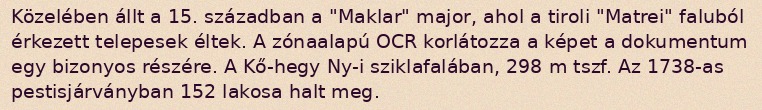
Közelében állt a 15. században a "Maklar" major, ahol a tiroli "Matrei" faluból érkezett telepesek éltek. A zónaalapú OCR korlátozza a képet a dokumentum egy bizonyos részére. A Kő-hegy Ny-i sziklafalában, 298 m tszf. Az 1738-as pestisjárványban 152 lakosa halt meg.